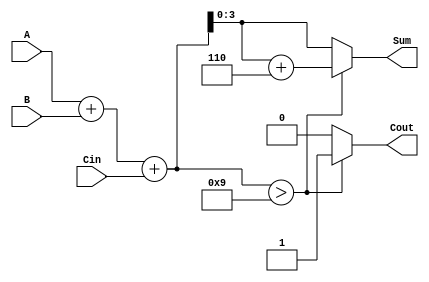
module BCD_Fast_Adder(
    input  [3:0] A,       // BCD digit A
    input  [3:0] B,       // BCD digit B
    input        Cin,      // Carry-in
    output reg [3:0] Sum,  // BCD sum output
    output reg Cout        // Carry-out
);

    wire [4:0] TempSum;   // 5-bit temporary sum to hold the addition result

    // Step 1: Perform binary addition
    assign TempSum = A + B + Cin;

    // Step 2: BCD Correction Logic
    always @(*) begin
        if (TempSum > 9) begin
            // If TempSum exceeds 9, add 6 to correct it
            Sum = TempSum + 5'b00110; // 6 in binary
            Cout = 1;                  // Set carry-out
        end else begin
            Sum = TempSum[3:0];        // No correction needed
            Cout = 0;                  // No carry-out
        end
    end

endmodule